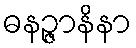
ဓနဉ္ဇာနိနာ